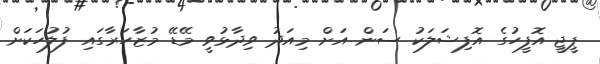
ޕީޖީ އޮފީހުގެ އޮފިޝަލަކު ސަން އަށް މިއަދު ވިދާޅުވީ މޭޑޭ މުޒާހަރާގައި ފުލުހަކަށް